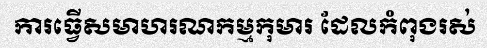
ការធ្វើសមាហរណកម្មកុមារ ដែលកំពុងរស់